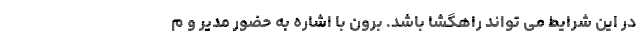
در این شرایط می تواند راهگشا باشد. برون با اشاره به حضور مدیر و م